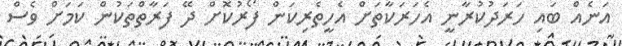
އަނެއް ބައި ހަރަދުކުރާނީ އެހަރަކާތަށް އެހީތެރިކަން ފޯރުކޮށް ދޭ ފަރާތްތަކުން ކަމަށް ވެސް